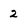
Character: 2